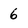
Character: 6